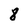
Character: 8